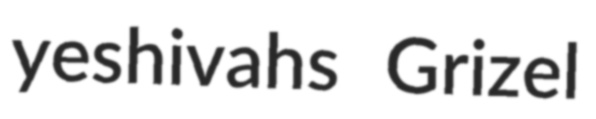
yeshivahs Grizel